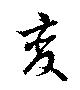
変